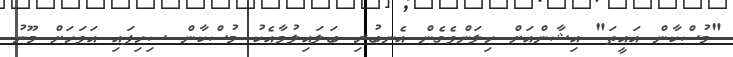
"މުސްކާން އައީތަ" އިޝާންއަށް ހިލަންވެގެން އެނބުރި ބަލައިލުމާއެކު މުސްކާން ސިހިފައި އަވަހަށް މޫނު